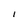
Character: I